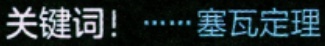
关键词！……塞瓦定理